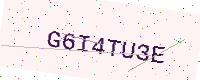
Text: G6I4TU3E